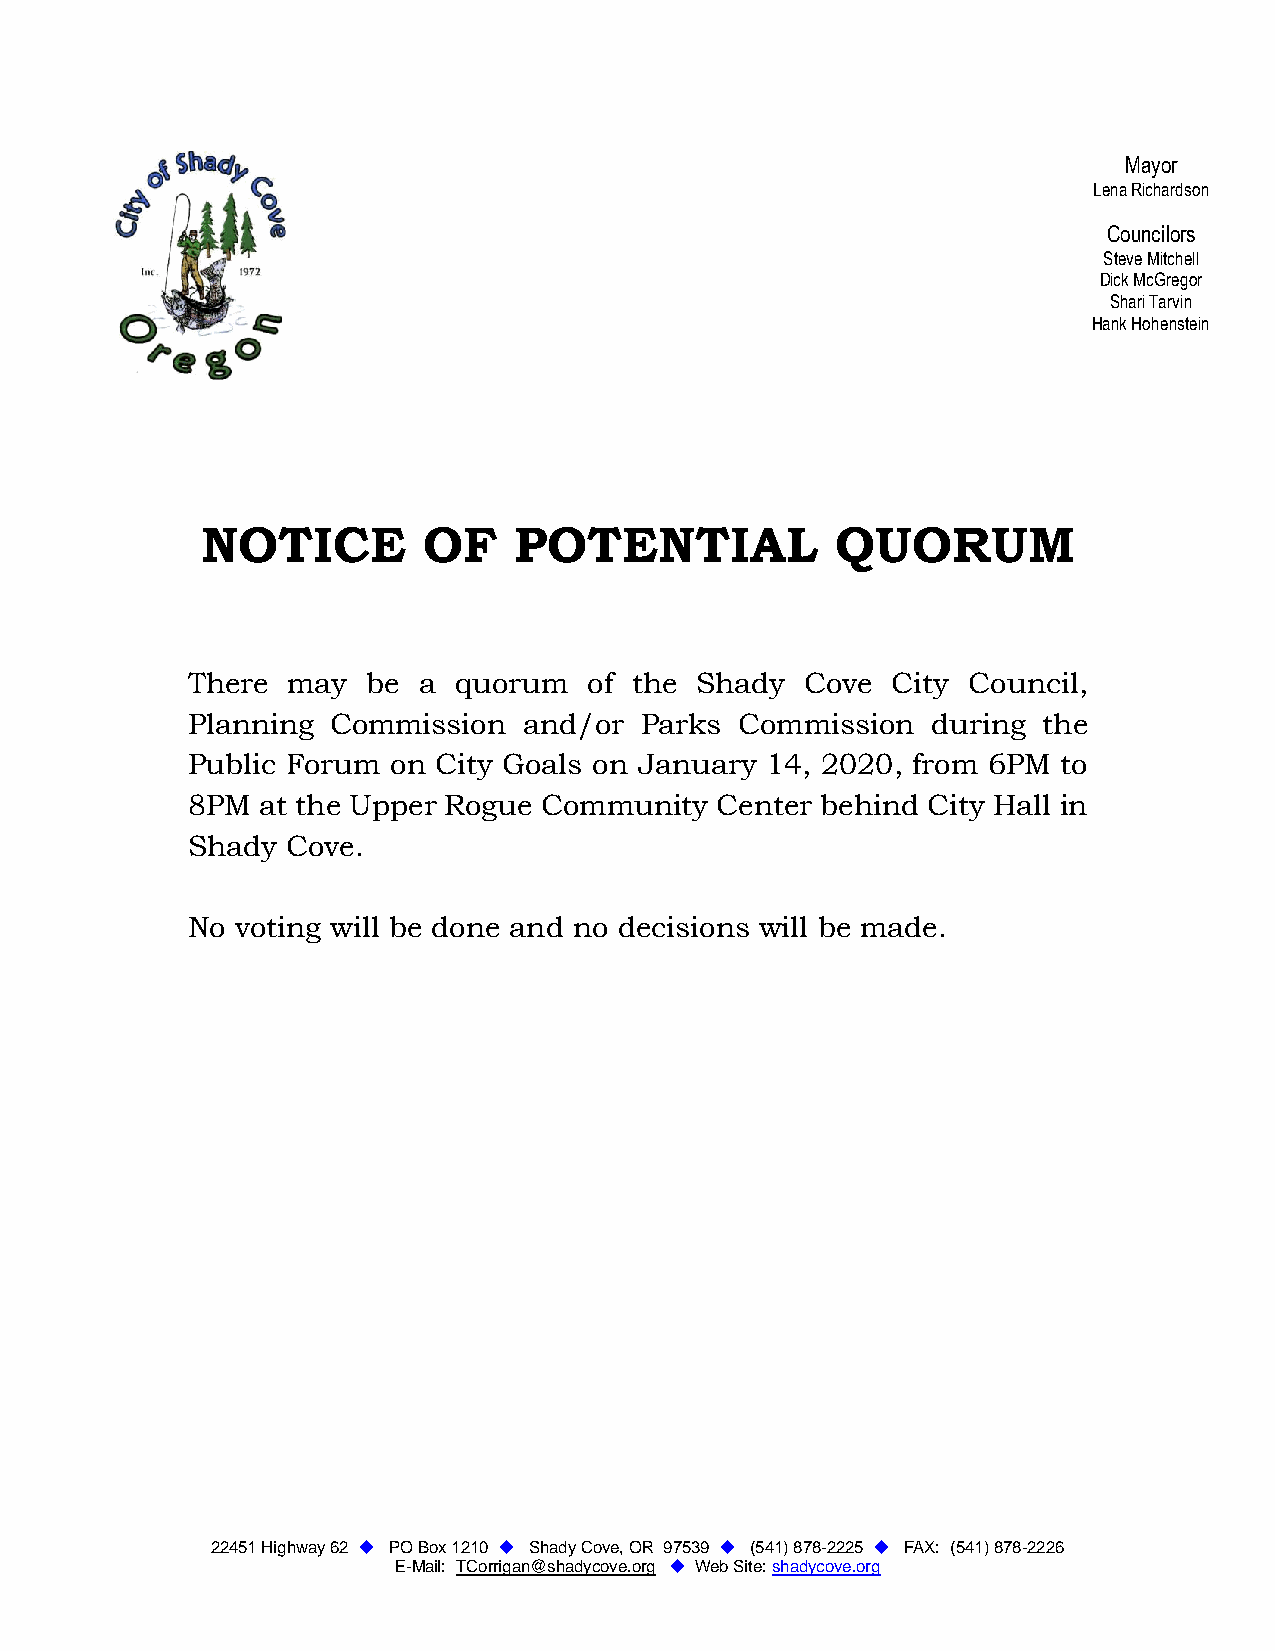
Mayor
 Lena Richardson
 Councilors
 Steve Mitchell
 Dick McGregor
 Shari Tarvin
 Hank Hohenstein
 Sincerely,
 NOTICE         OF    POTENTIAL            QUORUM
 There  may  be  a quorum   of the Shady  Cove  City Council,
 Planning  Commission   and/or Parks  Commission   during the
 Public Forum  on City Goals on January 14, 2020, from 6PM to
 8PM  at the Upper Rogue Community  Center behind City Hall in
 Shady  Cove.
 No  voting will be done and no decisions will be made.
 22451 Highway 62  PO Box 1210  Shady Cove, OR 97539  (541) 878-2225  FAX: (541) 878-2226
 E-Mail: TCorrigan@shadycove.org  Web Site: shadycove.org